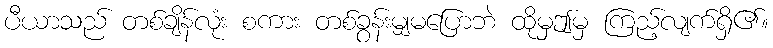
ပီယာသည် တစ်ချိန်လုံး စကား တစ်ခွန်းမျှမပြောဘဲ ထိုမှဤမှ ကြည့်လျက်ရှိ၏။